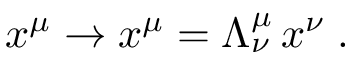
x ^ { \mu } \rightarrow x ^ { \mu } = \Lambda _ { \nu } ^ { \mu } \, x ^ { \nu } \; .